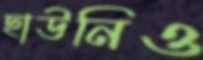
ছাউনিও